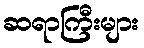
ဆရာကြီးများ